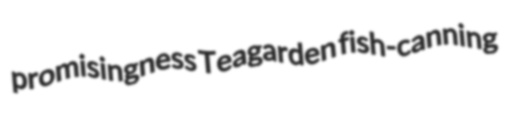
promisingness Teagarden fish-canning